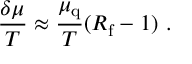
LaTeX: { \frac { \delta \mu } { T } } \approx { \frac { \mu _ { \mathrm { q } } } { T } } ( R _ { \mathrm { f } } - 1 ) \ .